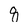
Character: 8